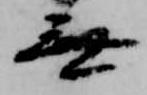
無